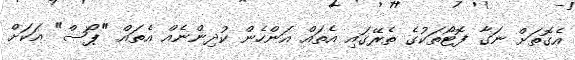
އެގޮތަށް ނަގާ ފޮޓޯތަކުގެ ތެރޭގައި އެތައް އަންހެން ކުދިންނެއް އެތައް "ޕޯސް" އަކަށް